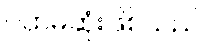
ပထမဆုံးဖြစ်သည်